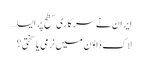
ایران نے سرکاری سطح پر ایسا…
لاک ڈاؤن میں نرمی یا سختی؟